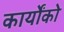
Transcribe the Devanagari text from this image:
कार्योंको